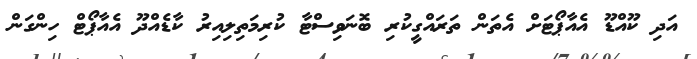
އަދި ކޫއްޑޫ އެއާޕޯޓަށް އެތަން ތަރައްގީކުރި ބޮނަވިސްޓާ ކުރިމަތިލިއިރު ކާޑެއްދޫ އެއާޕޯޓް ހިންގަން